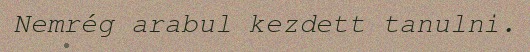
Nemrég arabul kezdett tanulni.